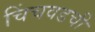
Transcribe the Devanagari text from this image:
चिंचवडची